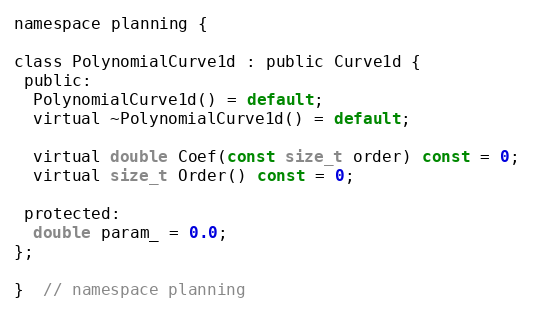
Language: C
namespace planning {

class PolynomialCurve1d : public Curve1d {
 public:
  PolynomialCurve1d() = default;
  virtual ~PolynomialCurve1d() = default;

  virtual double Coef(const size_t order) const = 0;
  virtual size_t Order() const = 0;

 protected:
  double param_ = 0.0;
};

}  // namespace planning